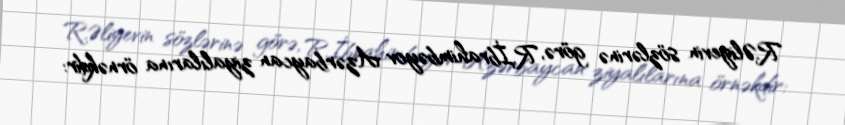
R.Əliyevin sözlərinə görə, R.İbrahimbəyov Azərbaycan ziyalılarına örnəkdir: